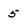
Character: 5